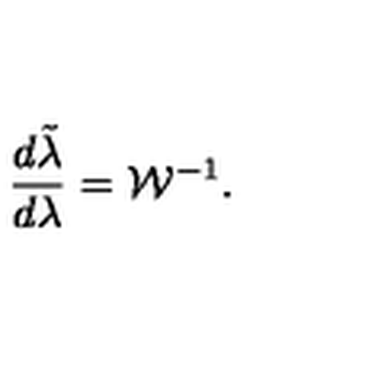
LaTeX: { \frac { d \tilde { \lambda } } { d \lambda } } = { \cal W } ^ { - 1 } .